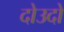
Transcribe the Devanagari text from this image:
दोउदो